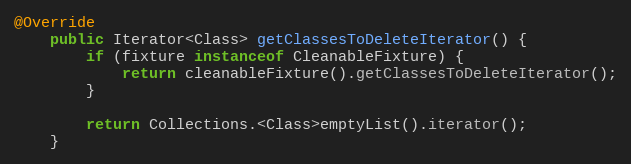
Language: Java
@Override
	public Iterator<Class> getClassesToDeleteIterator() {
		if (fixture instanceof CleanableFixture) {
			return cleanableFixture().getClassesToDeleteIterator();
		}

		return Collections.<Class>emptyList().iterator();
	}